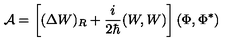
{ \cal A } = \left[ ( \Delta W ) _ { R } + \frac { i } { 2 \hbar } ( W , W ) \right] ( \Phi , \Phi ^ { * } )